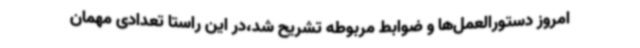
امروز دستورالعمل‌ها و ضوابط مربوطه تشریح شد،در این راستا تعدادی مهمان